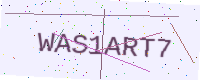
Text: WAS1ART7